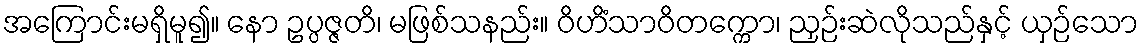
အကြောင်းမရှိမူ၍။ နော ဥပ္ပဇ္ဇတိ၊ မဖြစ်သနည်း။ ဝိဟိံသာဝိတက္ကော၊ ညှဉ်းဆဲလိုသည်နှင့် ယှဉ်သော